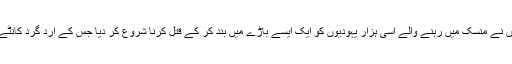
جب جون 1941 میں نازیوں نے سوویت یونین پر حملہ کیا تو انہوں نے مِنسک میں رہنے والے اسی ہزار یہودیوں کو ایک ایسے باڑے میں بند کر کے قتل کرنا شروع کر دیا جس کے ارد گرد کانٹے دار تاریں لگی ہوئی تھیں اور سنتریوں کے مچان بنے ہوئے تھے۔